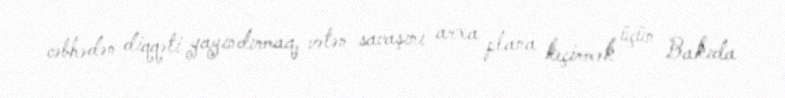
cəbhədən diqqəti yayındırmaq, vətən savaşını arxa plana keçirmək üçün Bakıda